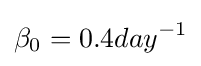
\beta _{0}=0.4day^{-1}